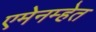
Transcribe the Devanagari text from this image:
एमेनम्हेत